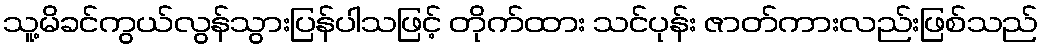
သူ့မိခင်ကွယ်လွန်သွားပြန်ပါသဖြင့် တိုက်ထား သင်ပုန်း ဇာတ်ကားလည်းဖြစ်သည်